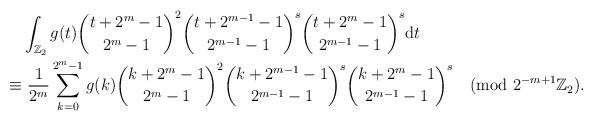
LaTeX: \begin{align*} &\int_{\mathbb{Z}_2} g(t) \binom{t+2^m-1}{2^m-1}^2 \binom{t+2^{m-1}-1}{2^{m-1}-1}^{s}\binom{t+2^m-1}{2^{m-1}-1}^{s} \mathrm{d}t \\ \equiv&~ \frac{1}{2^{m}} \sum_{k=0}^{2^m-1} g(k)\binom{k+2^m-1}{2^m-1}^2 \binom{k+2^{m-1}-1}{2^{m-1}-1}^{s}\binom{k+2^m-1}{2^{m-1}-1}^{s} \pmod{2^{-m+1}\mathbb{Z}_2}.\end{align*}